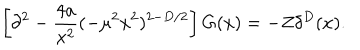
\left[ \partial ^ { 2 } - \frac { 4 a } { x ^ { 2 } } ( - \mu ^ { 2 } x ^ { 2 } ) ^ { 2 - D / 2 } \right] G ( x ) = - Z \delta ^ { D } ( x ) .